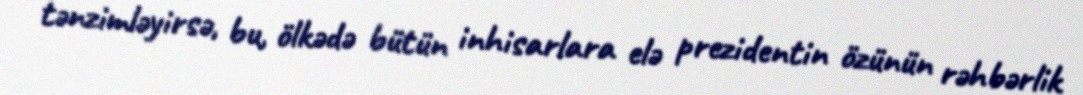
tənzimləyirsə, bu, ölkədə bütün inhisarlara elə prezidentin özünün rəhbərlik